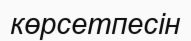
көрсетпесін